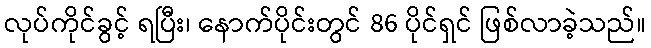
လုပ်ကိုင်ခွင့် ရပြီး၊ နောက်ပိုင်းတွင် 86 ပိုင်ရှင် ဖြစ်လာခဲ့သည်။